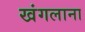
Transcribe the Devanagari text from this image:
खंगलाना